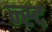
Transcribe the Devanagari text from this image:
न्स्द